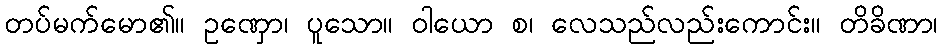
တပ်မက်မော၏။ ဥဏှော၊ ပူသော။ ဝါယော စ၊ လေသည်လည်းကောင်း။ တိခိဏာ၊